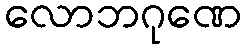
လောဘဂုဏေ